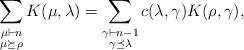
LaTeX: \begin{align*}\sum_{\substack{\mu\vdash n\\ \mu\succeq\rho}}K(\mu,\lambda)=\sum_{\substack{\gamma\vdash n-1\\\gamma\preceq\lambda}}c(\lambda,\gamma)K(\rho,\gamma),\end{align*}